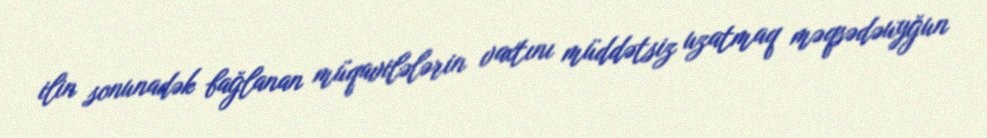
ilin sonunadək bağlanan müqavilələrin vaxtını müddətsiz uzatmaq məqsədəuyğun